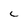
Character: C